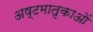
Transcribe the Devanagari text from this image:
अष्टमातृकाओं